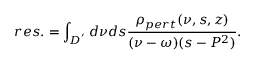
r e s . = \int _ { D ^ { ' } } d \nu d s { \frac { \rho _ { p e r t } ( \nu , s , z ) } { ( \nu - \omega ) ( s - P ^ { 2 } ) } } .